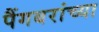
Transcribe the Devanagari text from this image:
पैंगबरांच्या